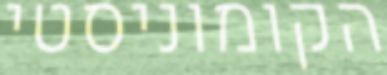
הקומוניסטי